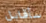
سأقابل